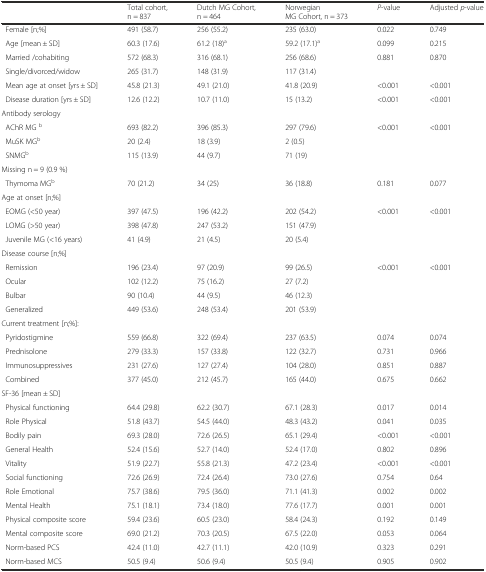
<table><thead><tr><td></td><td><b>Total cohort, n = 837</b></td><td><b>Dutch MG Cohort, n = 464</b></td><td><b>Norwegian MG Cohort, n = 373</b></td><td><b><i>P</i>-value</b></td><td><b>Adjusted <i>p</i>-value</b></td></tr></thead><tbody><tr><td> Female [n;%]</td><td>491 (58.7)</td><td>256 (55.2)</td><td>235 (63.0)</td><td>0.022</td><td>0.749</td></tr><tr><td> Age [mean ± SD]</td><td>60.3 (17.6)</td><td>61.2 (18)<sup>a</sup></td><td>59.2 (17.1)<sup>a</sup></td><td>0.099</td><td>0.215</td></tr><tr><td> Married /cohabiting</td><td>572 (68.3)</td><td>316 (68.1)</td><td>256 (68.6)</td><td rowspan="2">0.881</td><td rowspan="2">0.870</td></tr><tr><td> Single/divorced/widow</td><td>265 (31.7)</td><td>148 (31.9)</td><td>117 (31.4)</td></tr><tr><td> Mean age at onset [yrs ± SD]</td><td>45.8 (21.3)</td><td>49.1 (21.0)</td><td>41.8 (20.9)</td><td>&lt;0.001</td><td>&lt;0.001</td></tr><tr><td> Disease duration [yrs ± SD]</td><td>12.6 (12.2)</td><td>10.7 (11.0)</td><td>15 (13.2)</td><td>&lt;0.001</td><td>&lt;0.001</td></tr><tr><td>Antibody serology</td><td></td><td></td><td></td><td></td><td></td></tr><tr><td> AChR MG <sup>b</sup></td><td>693 (82.2)</td><td>396 (85.3)</td><td>297 (79.6)</td><td>&lt;0.001</td><td>&lt;0.001</td></tr><tr><td> MuSK MG<sup>b</sup></td><td>20 (2.4)</td><td>18 (3.9)</td><td>2 (0.5)</td><td></td><td></td></tr><tr><td> SNMG<sup>b</sup></td><td>115 (13.9)</td><td>44 (9.7)</td><td>71 (19)</td><td></td><td></td></tr><tr><td>Missing n = 9 (0.9 %)</td><td></td><td></td><td></td><td></td><td></td></tr><tr><td> Thymoma MG<sup>b</sup></td><td>70 (21.2)</td><td>34 (25)</td><td>36 (18.8)</td><td>0.181</td><td>0.077</td></tr><tr><td>Age at onset [n;%]</td><td></td><td></td><td></td><td></td><td></td></tr><tr><td> EOMG (&lt;50 year)</td><td>397 (47.5)</td><td>196 (42.2)</td><td>202 (54.2)</td><td>&lt;0.001</td><td>&lt;0.001</td></tr><tr><td> LOMG (&gt;50 year)</td><td>398 (47.8)</td><td>247 (53.2)</td><td>151 (47.9)</td><td></td><td></td></tr><tr><td> Juvenile MG (&lt;16 years)</td><td>41 (4.9)</td><td>21 (4.5)</td><td>20 (5.4)</td><td></td><td></td></tr><tr><td>Disease course [n;%]</td><td></td><td></td><td></td><td></td><td></td></tr><tr><td> Remission</td><td>196 (23.4)</td><td>97 (20.9)</td><td>99 (26.5)</td><td>&lt;0.001</td><td>&lt;0.001</td></tr><tr><td> Ocular</td><td>102 (12.2)</td><td>75 (16.2)</td><td>27 (7.2)</td><td></td><td></td></tr><tr><td> Bulbar</td><td>90 (10.4)</td><td>44 (9.5)</td><td>46 (12.3)</td><td></td><td></td></tr><tr><td> Generalized</td><td>449 (53.6)</td><td>248 (53.4)</td><td>201 (53.9)</td><td></td><td></td></tr><tr><td>Current treatment [n;%]:</td><td></td><td></td><td></td><td></td><td></td></tr><tr><td> Pyridostigmine</td><td>559 (66.8)</td><td>322 (69.4)</td><td>237 (63.5)</td><td>0.074</td><td>0.074</td></tr><tr><td> Prednisolone</td><td>279 (33.3)</td><td>157 (33.8)</td><td>122 (32.7)</td><td>0.731</td><td>0.966</td></tr><tr><td> Immunosuppressives</td><td>231 (27.6)</td><td>127 (27.4)</td><td>104 (28.0)</td><td>0.851</td><td>0.887</td></tr><tr><td> Combined</td><td>377 (45.0)</td><td>212 (45.7)</td><td>165 (44.0)</td><td>0.675</td><td>0.662</td></tr><tr><td>SF-36 [mean ± SD]</td><td></td><td></td><td></td><td></td><td></td></tr><tr><td> Physical functioning</td><td>64.4 (29.8)</td><td>62.2 (30.7)</td><td>67.1 (28.3)</td><td>0.017</td><td>0.014</td></tr><tr><td> Role Physical</td><td>51.8 (43.7)</td><td>54.5 (44.0)</td><td>48.3 (43.2)</td><td>0.041</td><td>0.035</td></tr><tr><td> Bodily pain</td><td>69.3 (28.0)</td><td>72.6 (26.5)</td><td>65.1 (29.4)</td><td>&lt;0.001</td><td>&lt;0.001</td></tr><tr><td> General Health</td><td>52.4 (15.6)</td><td>52.7 (14.0)</td><td>52.4 (17.0)</td><td>0.802</td><td>0.896</td></tr><tr><td> Vitality</td><td>51.9 (22.7)</td><td>55.8 (21.3)</td><td>47.2 (23.4)</td><td>&lt;0.001</td><td>&lt;0.001</td></tr><tr><td> Social functioning</td><td>72.6 (26.9)</td><td>72.4 (26.4)</td><td>73.0 (27.6)</td><td>0.754</td><td>0.64</td></tr><tr><td> Role Emotional</td><td>75.7 (38.6)</td><td>79.5 (36.0)</td><td>71.1 (41.3)</td><td>0.002</td><td>0.002</td></tr><tr><td> Mental Health</td><td>75.1 (18.1)</td><td>73.4 (18.0)</td><td>77.6 (17.7)</td><td>0.001</td><td>0.001</td></tr><tr><td> Physical composite score</td><td>59.4 (23.6)</td><td>60.5 (23.0)</td><td>58.4 (24.3)</td><td>0.192</td><td>0.149</td></tr><tr><td> Mental composite score</td><td>69.0 (21.2)</td><td>70.3 (20.5)</td><td>67.5 (22.0)</td><td>0.053</td><td>0.064</td></tr><tr><td> Norm-based PCS</td><td>42.4 (11.0)</td><td>42.7 (11.1)</td><td>42.0 (10.9)</td><td>0.323</td><td>0.291</td></tr><tr><td> Norm-based MCS</td><td>50.5 (9.4)</td><td>50.6 (9.4)</td><td>50.5 (9.4)</td><td>0.905</td><td>0.902</td></tr></tbody></table>